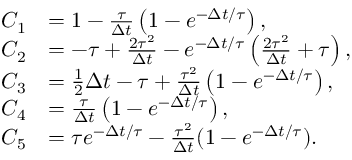
\begin{array} { r l } { C _ { 1 } } & { = 1 - \frac { \tau } { \Delta t } \left( 1 - e ^ { - \Delta t / \tau } \right) , } \\ { C _ { 2 } } & { = - \tau + \frac { 2 \tau ^ { 2 } } { \Delta t } - e ^ { - \Delta t / \tau } \left( \frac { 2 \tau ^ { 2 } } { \Delta t } + \tau \right) , } \\ { C _ { 3 } } & { = \frac 1 2 \Delta t - \tau + \frac { \tau ^ { 2 } } { \Delta t } \left( 1 - e ^ { - \Delta t / \tau } \right) , } \\ { C _ { 4 } } & { = \frac { \tau } { \Delta t } \left( 1 - e ^ { - \Delta t / \tau } \right) , } \\ { C _ { 5 } } & { = \tau e ^ { - \Delta t / \tau } - \frac { \tau ^ { 2 } } { \Delta t } ( 1 - e ^ { - \Delta t / \tau } ) . } \end{array}